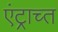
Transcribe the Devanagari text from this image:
एंट्राच्त